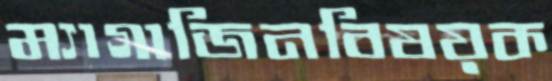
ম্যাগাজিনবিষয়ক